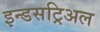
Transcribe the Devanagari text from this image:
इन्डसट्रिअल